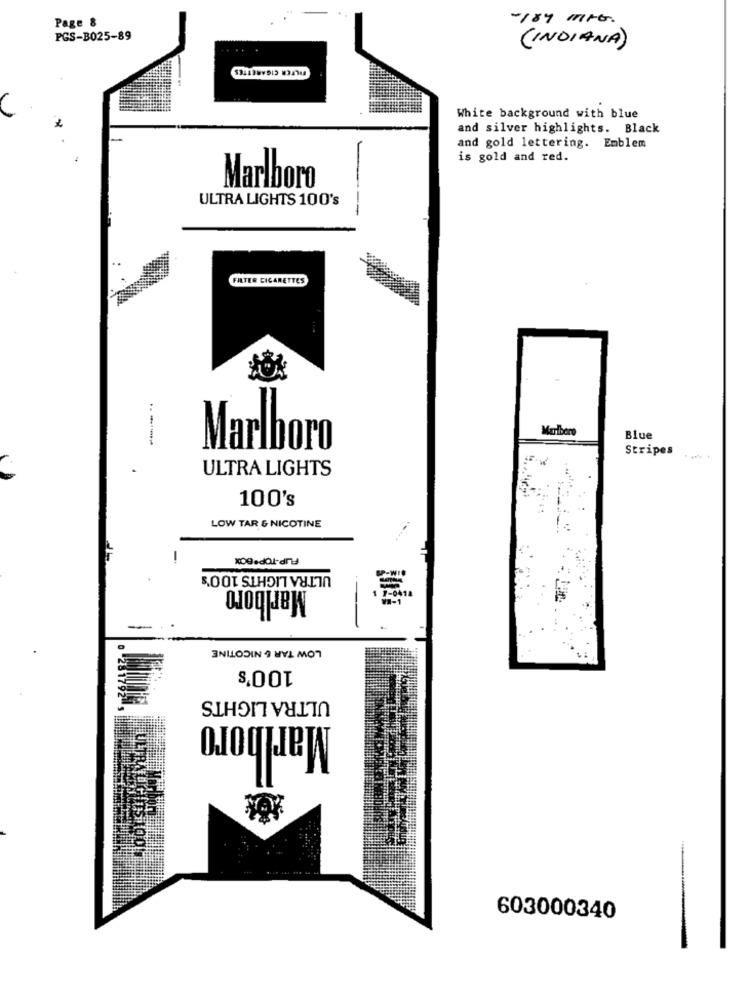
Page &
-187M
PGS-B025-89
(INDIANA)
FILTER CIGARETTES
White background with blue
and silver highlights. Black
and gold lettering. Emblem
is gold and red.
Marlboro
ULTRA LIGHTS 100's
---
FILTER CIGARETTES
Marlboro
Marlboro
Blue
Stripes
ULTRA LIGHTS
100's
LOW TAR & NICOTINE
ULTRA LIGHTS 100's
Marlboro
LOW TAR & NICOTINE
$,001
ULTRA LIGHTS
Marlboro
603000340